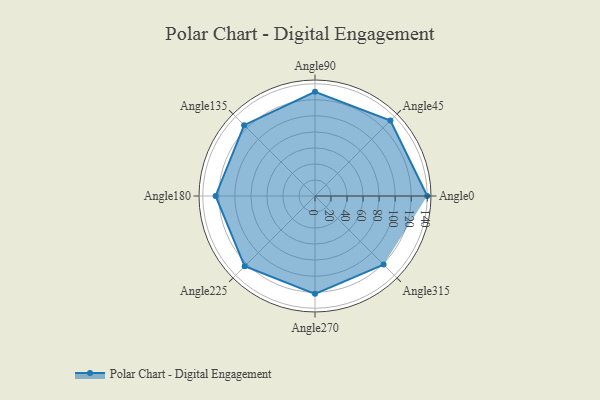
{"axis": {"x": "Angle", "y": "Radius"}, "legend": [""], "data": [{"x": "Angle0", "y": 140.0, "type": ""}, {"x": "Angle45", "y": 133.0, "type": ""}, {"x": "Angle90", "y": 130.0, "type": ""}, {"x": "Angle135", "y": 125.0, "type": ""}, {"x": "Angle180", "y": 124.0, "type": ""}, {"x": "Angle225", "y": 124.0, "type": ""}, {"x": "Angle270", "y": 122.0, "type": ""}, {"x": "Angle315", "y": 121.0, "type": ""}]}